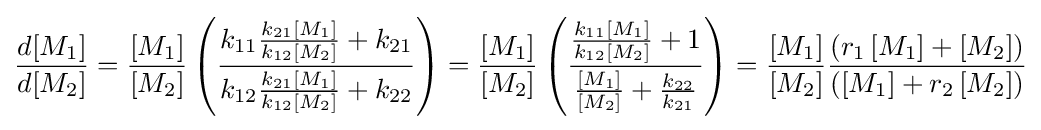
{\frac {d[M_{1}]}{d[M_{2}]}}={\frac {[M_{1}]}{[M_{2}]}}\left({\frac {k_{11}{\frac {k_{21}[M_{1}]}{k_{12}[M_{2}]}}+k_{21}}{k_{12}{\frac {k_{21}[M_{1}]}{k_{12}[M_{2}]}}+k_{22}}}\right)={\frac {[M_{1}]}{[M_{2}]}}\left({\frac {{\frac {k_{11}[M_{1}]}{k_{12}[M_{2}]}}+1}{{\frac {[M_{1}]}{[M_{2}]}}+{\frac {k_{22}}{k_{21}}}}}\right)={\frac {[M_{1}]}{[M_{2}]}}{\frac {\left(r_{1}\left[M_{1}\right]+\left[M_{2}\right]\right)}{\left(\left[M_{1}\right]+r_{2}\left[M_{2}\right]\right)}}